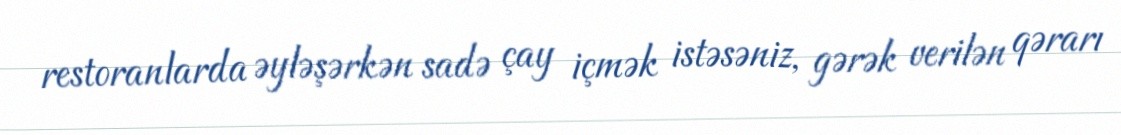
restoranlarda əyləşərkən sadə çay içmək istəsəniz, gərək verilən qərarı